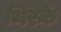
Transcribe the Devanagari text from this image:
थिरकें